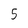
Character: 5